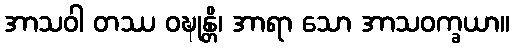
အာသဝါ တဿ ဝဍ္ဎုန္တိ၊ အာရာ သော အာသဝက္ခယာ။